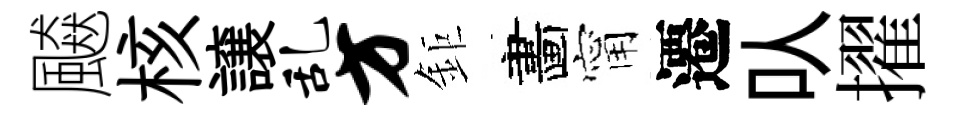
飇核譲乱方鉅畵甯遷㕥擢